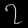
Digit: ၇